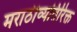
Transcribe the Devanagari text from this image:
मराठीव्यतिरिक्त